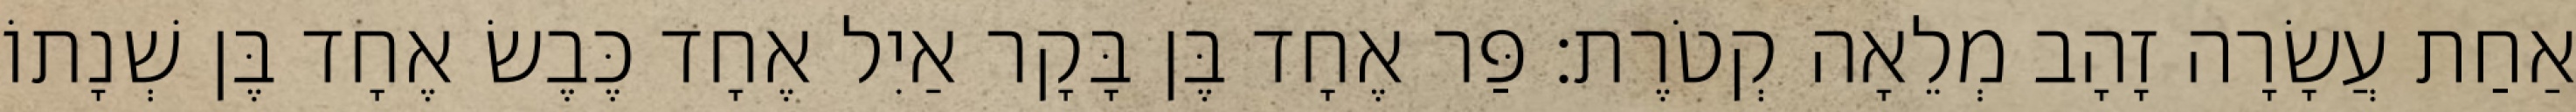
אַחַת עֲשָׂרָה זָהָב מְלֵאָה קְטֹרֶת׃ פַּר אֶחָד בֶּן בָּקָר אַיִל אֶחָד כֶּבֶשׂ אֶחָד בֶּן שְׁנָתוֹ